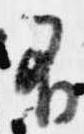
不